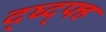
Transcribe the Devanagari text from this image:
द्घ्द्फ्ह